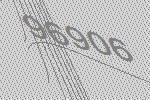
96906